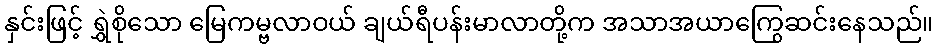
နှင်းဖြင့် ရွှဲစိုသော မြေကမ္ဗလာဝယ် ချယ်ရီပန်းမာလာတို့က အသာအယာကြွေဆင်းနေသည်။